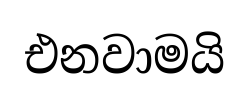
එනවාමයි